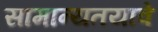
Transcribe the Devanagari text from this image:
सामान्यतयावे